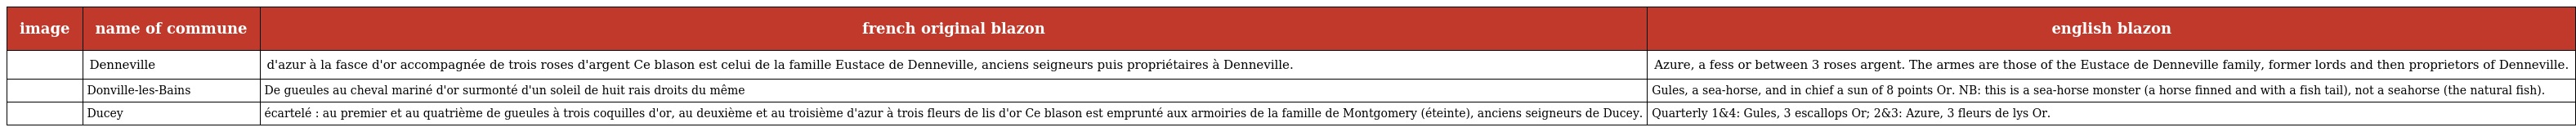
| image | name of commune | french original blazon | english blazon |
 | --- | --- | --- | --- |
 |  | Denneville | d'azur à la fasce d'or accompagnée de trois roses d'argent Ce blason est celui de la famille Eustace de Denneville, anciens seigneurs puis propriétaires à Denneville. | Azure, a fess or between 3 roses argent. The armes are those of the Eustace de Denneville family, former lords and then proprietors of Denneville. |
 |  | Donville-les-Bains | De gueules au cheval mariné d'or surmonté d'un soleil de huit rais droits du même | Gules, a sea-horse, and in chief a sun of 8 points Or. NB: this is a sea-horse monster (a horse finned and with a fish tail), not a seahorse (the natural fish). |
 |  | Ducey | écartelé : au premier et au quatrième de gueules à trois coquilles d'or, au deuxième et au troisième d'azur à trois fleurs de lis d'or Ce blason est emprunté aux armoiries de la famille de Montgomery (éteinte), anciens seigneurs de Ducey. | Quarterly 1&4: Gules, 3 escallops Or; 2&3: Azure, 3 fleurs de lys Or. |